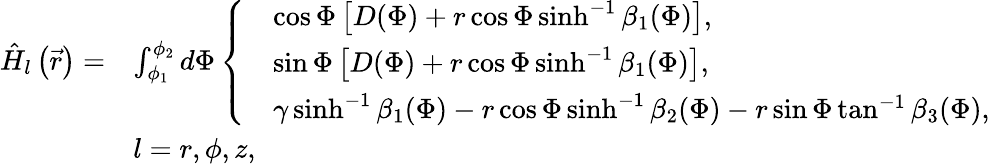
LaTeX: \begin{array}{rl}{\hat{H}_{l}\left(\vec{r}\right)=}&{\int_{\phi_{1}}^{\phi_{2}}d\Phi\left\{ \begin{array}{ll}&{\cos{\Phi}\left[D(\Phi)+r\cos{\Phi}\sinh^{-1}{\beta_{1}(\Phi)}\right],}\\ &{\sin{\Phi}\left[D(\Phi)+r\cos{\Phi}\sinh^{-1}{\beta_{1}(\Phi)}\right],}\\ &{\gamma\sinh^{-1}{\beta_{1}(\Phi)}-r\cos{\Phi}\sinh^{-1}{\beta_{2}(\Phi)}-r\sin{\Phi}\tan^{-1}{\beta_{3}(\Phi)},}\end{array}\right.}\\ &{l=r,\phi,z,}\end{array}